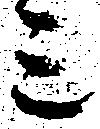
三